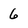
Character: 6